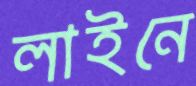
লাইনে